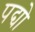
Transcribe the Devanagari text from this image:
पद्यो